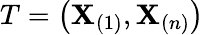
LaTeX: T=\left(\mathbf{X}_{(1)},\mathbf{X}_{(n)}\right)